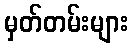
မှတ်တမ်းများ